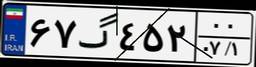
۶۷گ۴۵۲۰۰